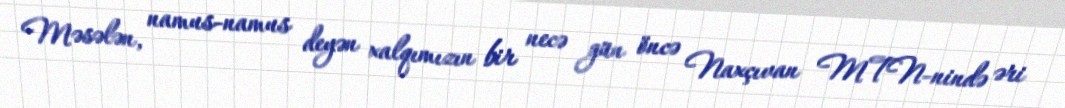
Məsələn, namus-namus deyən xalqımızın bir necə gün öncə Naxçıvan MTN-nində əri